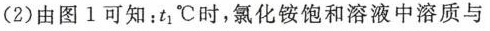
(2)由图1可知：t_{1}℃时，氯化铵饱和溶液中溶质与